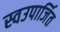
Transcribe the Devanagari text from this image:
स्वउपार्जित